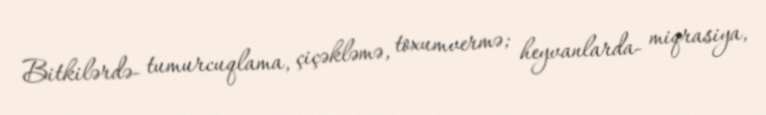
Bitkilərdə- tumurcuqlama, çiçəkləmə, toxumvermə; heyvanlarda- miqrasiya,